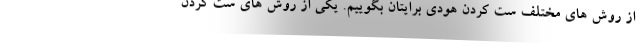
از روش های مختلف ست کردن هودی برایتان بگوییم. یکی از روش های ست کردن